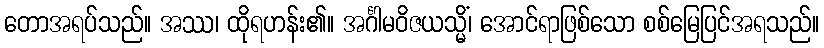
တောအရပ်သည်။ အဿ၊ ထိုရဟန်း၏။ အင်္ဂါမဝိဇယသ္မိံ၊ အောင်ရာဖြစ်သော စစ်မြေပြင်အရသည်။